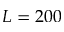
L = 2 0 0